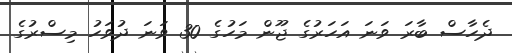
ދެހާސް ބާރަ ވަނަ އަހަރުގެ ޖޫން މަހުގެ 30 ވަނަ ދުވަހު މިސްރުގެ